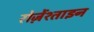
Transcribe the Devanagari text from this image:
रोज़ेंश्ताइन